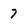
Character: 7